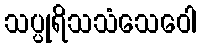
သပ္ပုရိသသံသေဝေါ